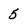
Character: 5